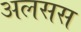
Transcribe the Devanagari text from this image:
अलसस